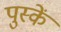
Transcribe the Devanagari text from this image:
पुस्कें